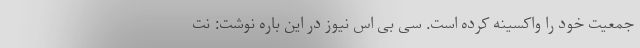
جمعیت خود را واکسینه کرده است. سی بی اس نیوز در این باره نوشت: نت